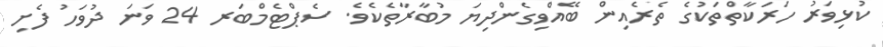
ކުޅިވަރު ހަަރަކާތްތަކުގެ ތެރެއިން ބޭއްވިގެންދިޔަ މުބާރާތެކެވެ. ސެޕްޓެމްބަރ 24 ވަނަ ދުވަހު ފެށި